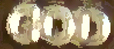
GOD